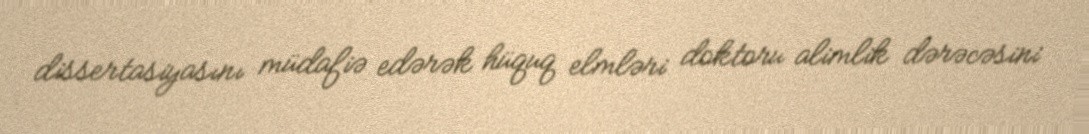
dissertasiyasını müdafiə edərək hüquq elmləri doktoru alimlik dərəcəsini